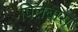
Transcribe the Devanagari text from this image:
पिलबारा